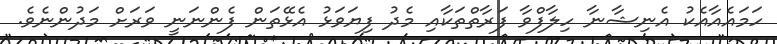
ހަމައެއާއެކު އެނިޝާނާ ހިލާފްވާ ފަރާތްތަކާއި މެދު ފިޔަވަޅު އެޅޭތަން ފެންނަނީ ވަރަށް މަދުންނެވެ.